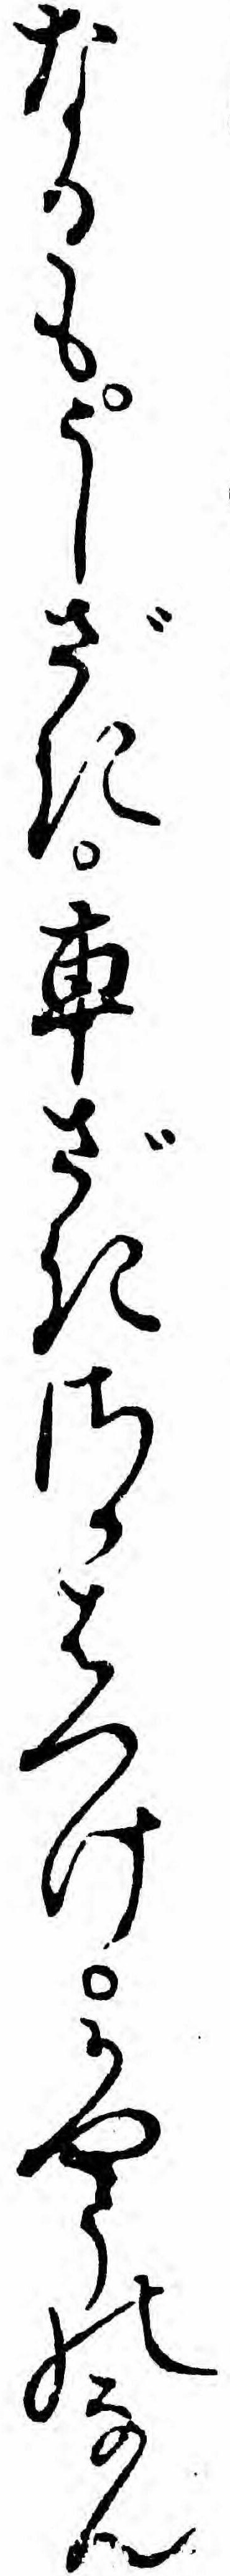
なるもうしざき車ざきさかはつけかやうのなん